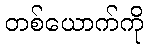
တစ်ယောက်ကို